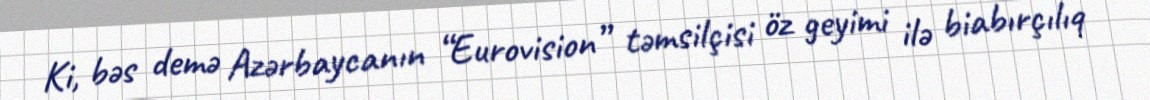
Ki, bəs demə Azərbaycanın “Eurovision” təmsilçisi öz geyimi ilə biabırçılıq